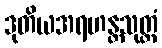
ဒုတိယအရဟန္တသုတ္တံ